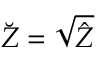
\breve { Z } = \sqrt { \hat { Z } }